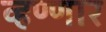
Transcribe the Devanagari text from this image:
व्हण्णार